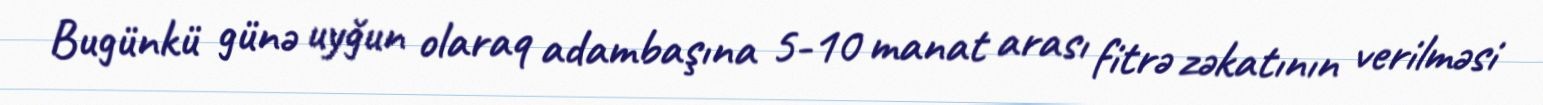
Bugünkü günə uyğun olaraq adambaşına 5-10 manat arası fitrə zəkatının verilməsi